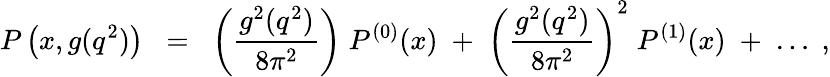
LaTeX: P\left(x,g(q^{2})\right)\; \; =\; \; \left(\frac{g^{2}(q^{2})}{8\pi^{2}}\right)\; P^{(0)}(x)\; +\; \left(\frac{g^{2}(q^{2})}{8\pi^{2}}\right)^{2}\; P^{(1)}(x)\; +\; \ldots\; ,